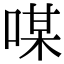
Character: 㖼